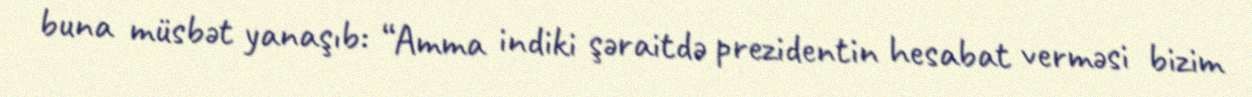
buna müsbət yanaşıb: “Amma indiki şəraitdə prezidentin hesabat verməsi bizim